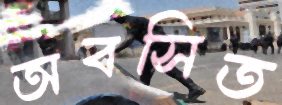
অবসিত